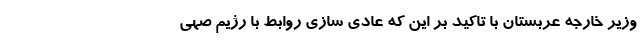
وزیر خارجه عربستان با تاکید بر این که عادی سازی روابط با رژیم صهی